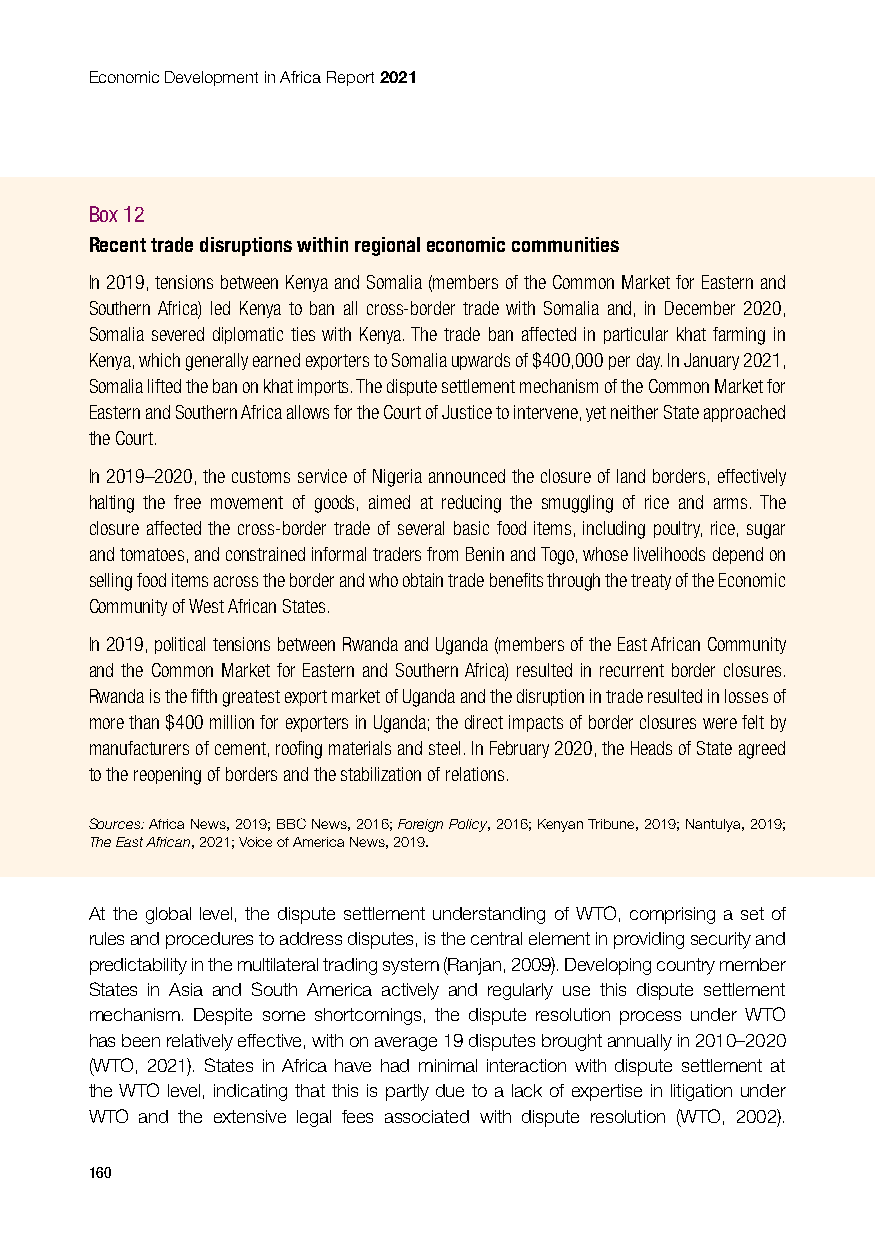
Economic Development in Africa Report 2021
 Box 12
 Recent trade disruptions within regional economic communities
 In 2019, tensions between Kenya and Somalia (members of the Common Market for Eastern and
 Southern Africa) led Kenya to ban all cross-border trade with Somalia and, in December 2020,
 Somalia severed diplomatic ties with Kenya. The trade ban affected in particular khat farming in
 Kenya, which generally earned exporters to Somalia upwards of $400,000 per day. In January 2021,
 Somalia lifted the ban on khat imports. The dispute settlement mechanism of the Common Market for
 Eastern and Southern Africa allows for the Court of Justice to intervene, yet neither State approached
 the Court.
 In 2019–2020, the customs service of Nigeria announced the closure of land borders, effectively
 halting the free movement of goods, aimed at reducing the smuggling of rice and arms. The
 closure affected the cross-border trade of several basic food items, including poultry, rice, sugar
 and tomatoes, and constrained informal traders from Benin and Togo, whose livelihoods depend on
 selling food items across the border and who obtain trade benefits through the treaty of the Economic
 Community of West African States.
 In 2019, political tensions between Rwanda and Uganda (members of the East African Community
 and the Common Market for Eastern and Southern Africa) resulted in recurrent border closures.
 Rwanda is the fifth greatest export market of Uganda and the disruption in trade resulted in losses of
 more than $400 million for exporters in Uganda; the direct impacts of border closures were felt by
 manufacturers of cement, roofing materials and steel. In February 2020, the Heads of State agreed
 to the reopening of borders and the stabilization of relations.
 Sources: Africa News, 2019; BBC News, 2016; Foreign Policy, 2016; Kenyan Tribune, 2019; Nantulya, 2019;
 The East African, 2021; Voice of America News, 2019.
 At the global level, the dispute settlement understanding of WTO, comprising a set of
 rules and procedures to address disputes, is the central element in providing security and
 predictability in the multilateral trading system (Ranjan, 2009). Developing country member
 States in Asia and South America actively and regularly use this dispute settlement
 mechanism. Despite some shortcomings, the dispute resolution process under WTO
 has been relatively effective, with on average 19 disputes brought annually in 2010–2020
 (WTO, 2021). States in Africa have had minimal interaction with dispute settlement at
 the WTO level, indicating that this is partly due to a lack of expertise in litigation under
 WTO and the extensive legal fees associated with dispute resolution (WTO, 2002).
 160